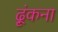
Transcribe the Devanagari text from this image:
ढ़ूंकना